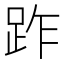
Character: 䟭